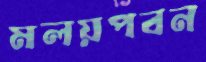
মলয়পবন